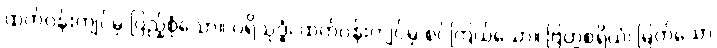
ထက်ဝန်းကျင်မှ ပြည့်စုံသော။ ပရိသုဒ္ဓံ၊ ထက်ဝန်းကျင်မှ စင်ကြယ်သော။ ဗြဟ္မစရိယံ၊ မြတ်သော